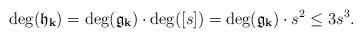
LaTeX: \begin{align*}\deg(\mathfrak{h}_{\mathbf{k}}) = \deg(\mathfrak{g}_{\mathbf{k}}) \cdot \deg([s]) = \deg(\mathfrak{g}_{\mathbf{k}}) \cdot s^2 \leq 3s^3.\end{align*}